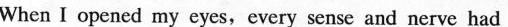
When I opened my eyes,every sense and nerve had